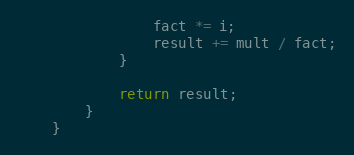
Language: Java
                fact *= i;
                result += mult / fact;
            }

            return result;
        }
    }